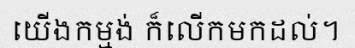
យើងកម្មង់ ក៏លើកមកដល់។